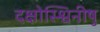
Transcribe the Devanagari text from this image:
दक्षोस्श्विनीषु